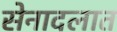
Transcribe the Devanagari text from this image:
सेनादलात